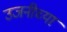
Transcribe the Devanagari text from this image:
उजनीच्या